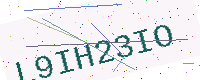
Text: L9IH23IO